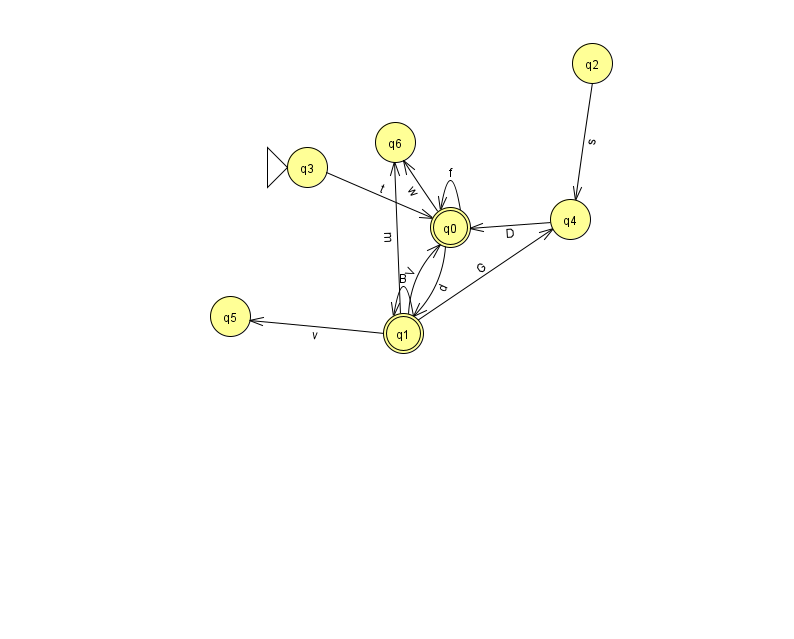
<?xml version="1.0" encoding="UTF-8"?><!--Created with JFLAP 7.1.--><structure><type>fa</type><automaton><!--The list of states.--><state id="0" name="q0"><x>450.0</x><y>214.0</y><final/></state><state id="1" name="q1"><x>403.0</x><y>320.0</y><final/></state><state id="2" name="q2"><x>592.0</x><y>50.0</y></state><state id="3" name="q3"><x>307.0</x><y>154.0</y><initial/></state><state id="4" name="q4"><x>570.0</x><y>206.0</y></state><state id="5" name="q5"><x>230.0</x><y>303.0</y></state><state id="6" name="q6"><x>395.0</x><y>129.0</y></state><!--The list of transitions.--><transition><from>0</from><to>1</to><read>d</read></transition><transition><from>4</from><to>0</to><read>D</read></transition><transition><from>0</from><to>6</to><read>w</read></transition><transition><from>1</from><to>1</to><read>B</read></transition><transition><from>1</from><to>0</to><read>V</read></transition><transition><from>0</from><to>0</to><read>f</read></transition><transition><from>1</from><to>4</to><read>G</read></transition><transition><from>2</from><to>4</to><read>s</read></transition><transition><from>3</from><to>0</to><read>t</read></transition><transition><from>1</from><to>6</to><read>m</read></transition><transition><from>1</from><to>5</to><read>v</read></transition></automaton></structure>